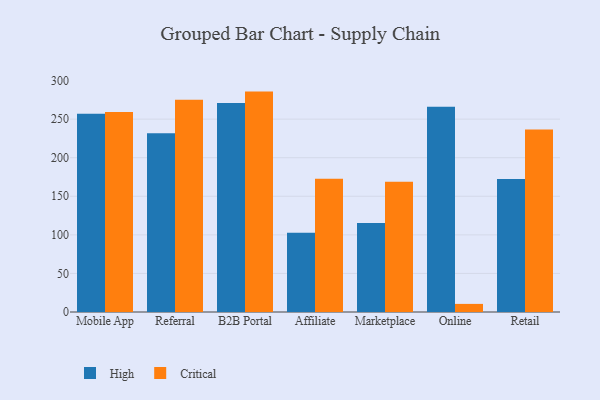
{"axis": {"x": "Channel", "y": "Churn Rate (%)"}, "legend": ["Critical", "High"], "data": [{"x": "Mobile App", "y": 257.1, "type": "High"}, {"x": "Mobile App", "y": 259.3, "type": "Critical"}, {"x": "Referral", "y": 231.6, "type": "High"}, {"x": "Referral", "y": 275.2, "type": "Critical"}, {"x": "B2B Portal", "y": 270.8, "type": "High"}, {"x": "B2B Portal", "y": 285.7, "type": "Critical"}, {"x": "Affiliate", "y": 102.8, "type": "High"}, {"x": "Affiliate", "y": 172.7, "type": "Critical"}, {"x": "Marketplace", "y": 115.4, "type": "High"}, {"x": "Marketplace", "y": 168.8, "type": "Critical"}, {"x": "Online", "y": 266.2, "type": "High"}, {"x": "Online", "y": 10.5, "type": "Critical"}, {"x": "Retail", "y": 172.5, "type": "High"}, {"x": "Retail", "y": 236.5, "type": "Critical"}]}